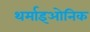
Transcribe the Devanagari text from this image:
थर्माइओनिक